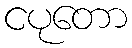
ငပုတော